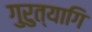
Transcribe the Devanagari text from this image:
गुरुत्यागि